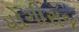
યોગીરાજ